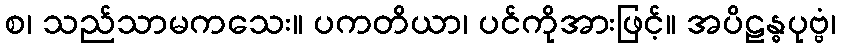
စ၊ သည်သာမကသေး။ ပကတိယာ၊ ပင်ကိုအားဖြင့်။ အပိဠန္ဓပုဗ္ဗံ၊